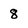
Character: 8